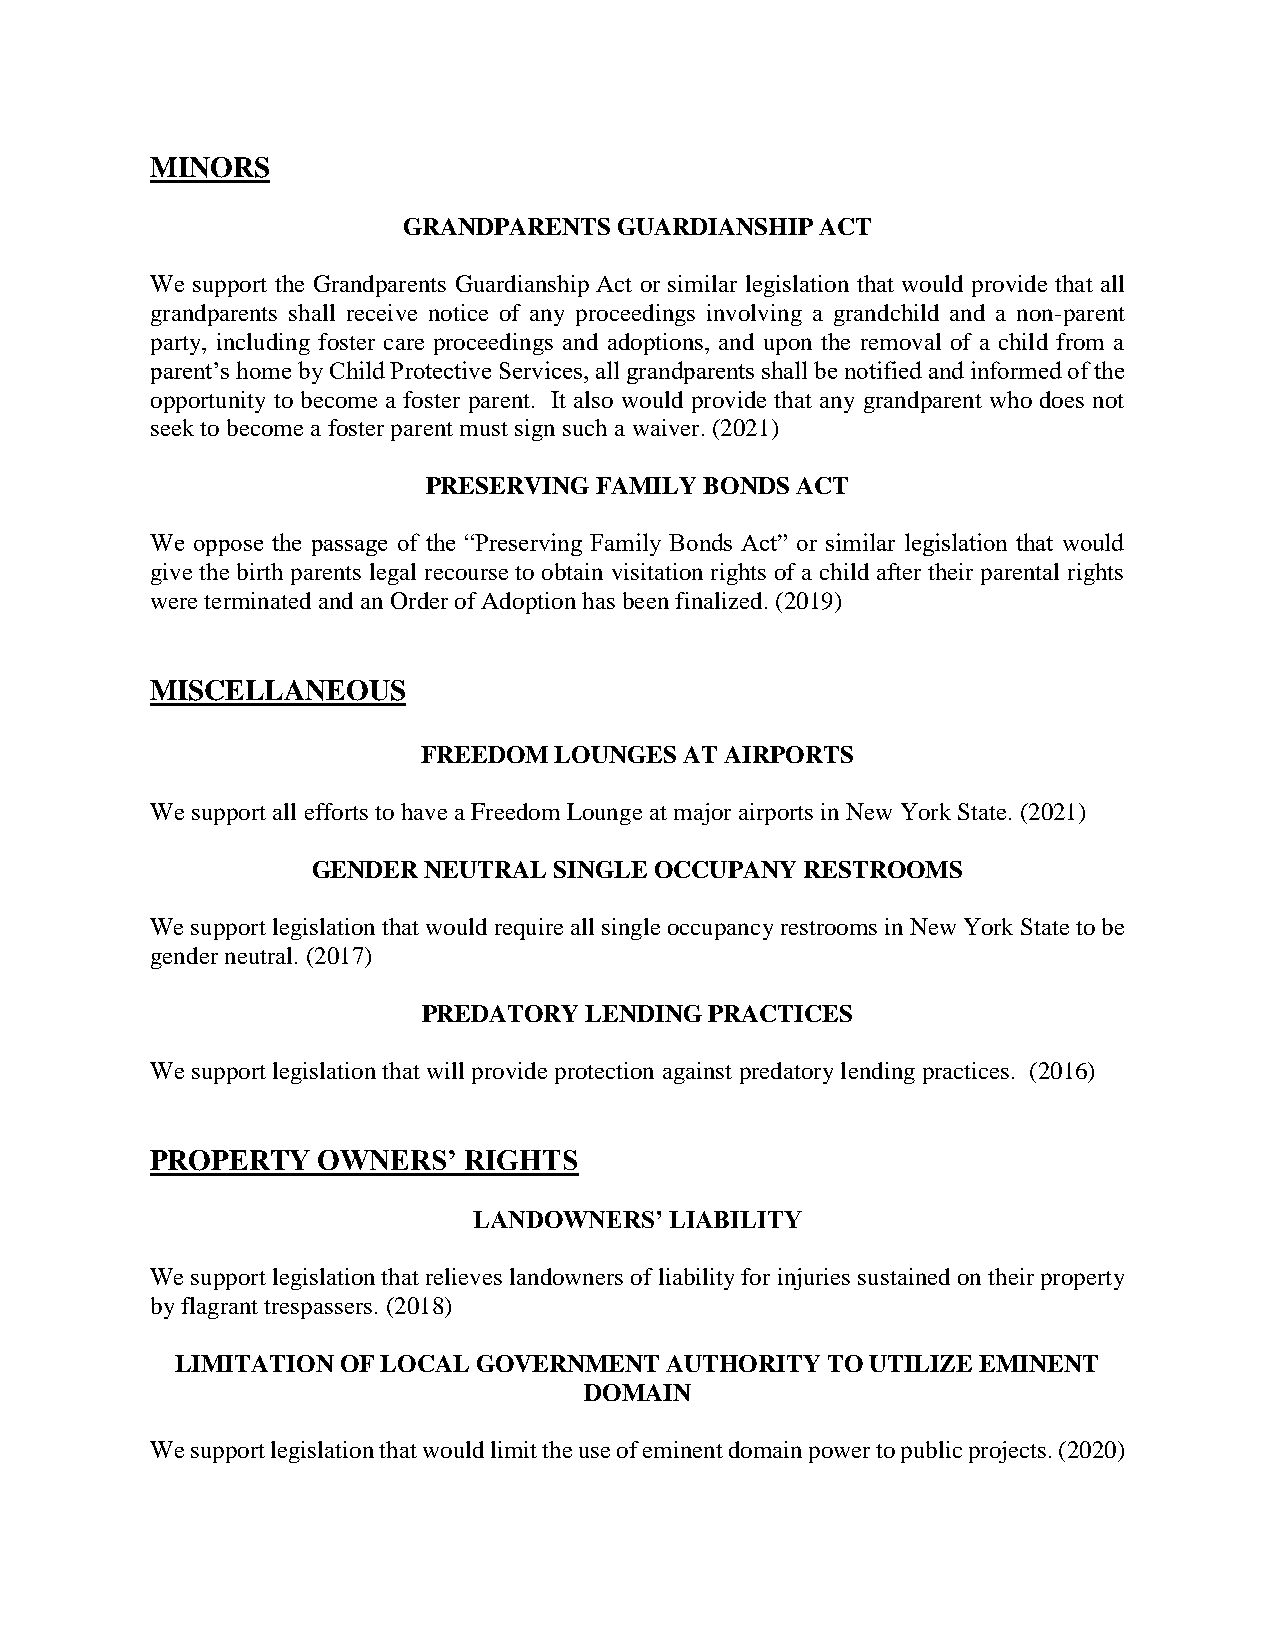
MINORS
 GRANDPARENTS  GUARDIANSHIP ACT
 We support the Grandparents Guardianship Act or similar legislation that would provide that all
 grandparents shall receive notice of any proceedings involving a grandchild and a non-parent
 party, including foster care proceedings and adoptions, and upon the removal of a child from a
 parent’s home by Child Protective Services, all grandparents shall be notified and informed of the
 opportunity to become a foster parent. It also would provide that any grandparent who does not
 seek to become a foster parent must sign such a waiver. (2021)
 PRESERVING FAMILY  BONDS ACT
 We oppose the passage of the “Preserving Family Bonds Act” or similar legislation that would
 give the birth parents legal recourse to obtain visitation rights of a child after their parental rights
 were terminated and an Order of Adoption has been finalized. (2019)
 MISCELLANEOUS
 FREEDOM  LOUNGES AT AIRPORTS
 We support all efforts to have a Freedom Lounge at major airports in New York State. (2021)
 GENDER NEUTRAL  SINGLE OCCUPANY RESTROOMS
 We support legislation that would require all single occupancy restrooms in New York State to be
 gender neutral. (2017)
 PREDATORY  LENDING PRACTICES
 We support legislation that will provide protection against predatory lending practices. (2016)
 PROPERTY   OWNERS’   RIGHTS
 LANDOWNERS’  LIABILITY
 We support legislation that relieves landowners of liability for injuries sustained on their property
 by flagrant trespassers. (2018)
 LIMITATION OF LOCAL GOVERNMENT  AUTHORITY  TO UTILIZE EMINENT
 DOMAIN
 We support legislation that would limit the use of eminent domain power to public projects. (2020)